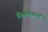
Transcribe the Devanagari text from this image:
मिश्रणकर्ता